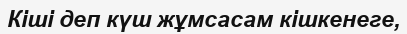
Кіші деп күш жұмсасам кішкенеге,